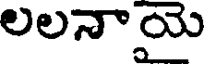
లలనాయై